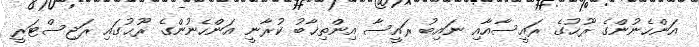
އަންހެނުންގެ ރޫޙުގެ ރައީސާއާއި ނައިބު ރައީސާ އިންތިޚާބު ކުރާނީ އަންހެނުންގެ ރޫޙުގައި ރަޖިސްޓަރީ